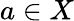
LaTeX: a\in X